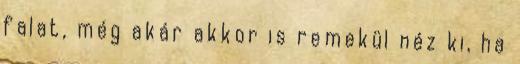
falat, még akár akkor is remekül néz ki, ha